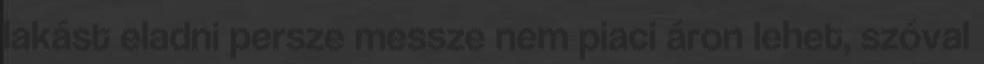
lakást eladni persze messze nem piaci áron lehet, szóval